Report of the Municipal Commissioner on the plague in Bombay for the year ending 31st May... - Volume 2
Disease focus: Plague
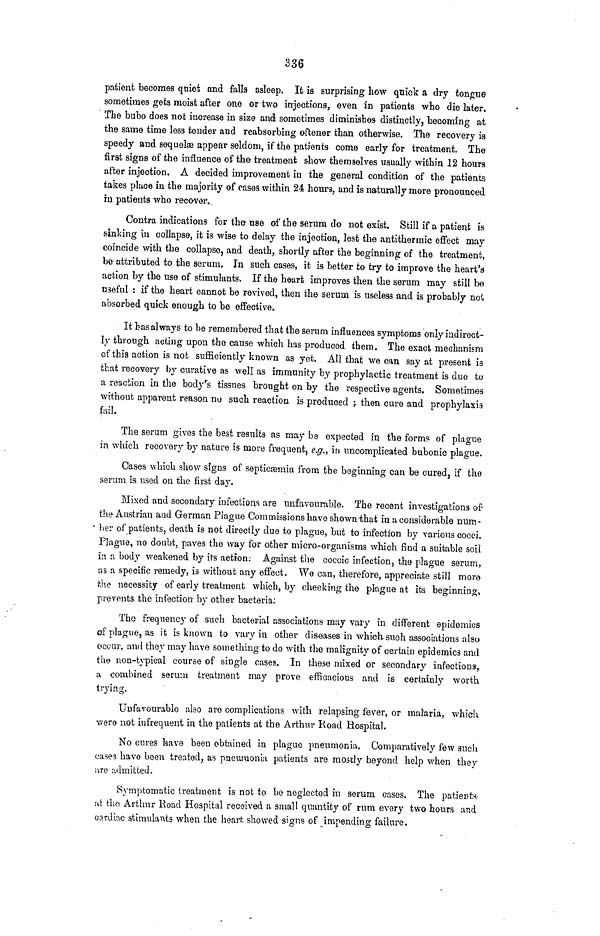
336
patient becomes quiet and falls asleep. It is surprising how quick a dry tongue
sometimes gets moist after one or two injections, even in patients who die later.
The bubo does not increase in size and sometimes diminishes distinctly, becoming at
the same time less tender and reabsorbing oftener than otherwise. The recovery is
speedy and sequelæ appear seldom, if the patients come early for treatment. The
first signs of the influence of the treatment show themselves usually within 12 hours
after injection. A decided improvement in the general condition of the patients
takes place in the majority of cases within 24 hours, and is naturally more pronounced
in patients who recover.
Contra indications for the use of the serum do not exist. Still if a patient is
sinking in collapse, it is wise to delay the injection, lest the antithermic effect may
coincide with the collapse, and death, shortly after the beginning of the treatment,
be attributed to the serum. In such cases, it is better to try to improve the heart's
action by the use of stimulants. If the heart improves then the serum may still be
useful : if the heart cannot be revived, then the serum is useless and is probably not
absorbed quick enough to be effective.
It has always to be remembered that the serum influences symptoms only indirect-
ly through acting upon the cause which has produced them. The exact mechanism
of this action is not sufficiently known as yet. All that we can say at present is
that recovery by curative as well as immunity by prophylactic treatment is due to
a reaction in the body's tissues brought on by the respective agents. Sometimes
without apparent reason no such reaction is produced ; then cure and prophylaxis
fail.
The serum gives the best results as may be expected in the forms of plague
in which recovery by nature is more frequent, e.g., in uncomplicated bubonic plague.
Cases which show signs of septicaemia from the beginning can be cured, if the
serum is used on the first day.
Mixed and secondary infections are unfavourable. The recent investigations of*
the Austrian and German Plague Commissions have shown that in a considerable num-
ber of patients, death is not directly due to plague, but to infection by various cocci.
Plague, no doubt, paves the way for other micro-organisms which find a suitable soil
in v. body weakened by its action. Against the coccic infection, the plague serum,
as a specific remedy, is without any effect. We can, therefore, appreciate still moro
the necessity of early treatment which, by cheeking the plague at its beginning,
prevents the infection by other bacteria:
The frequency of such bacterial associations may vary in different epidemics
of plague, as it is known to vary in other diseases in which such associations also
occur, and they may have something to do with the malignity of certain epidemics and
the non-typical course of single cases. In these mixed or secondary infections,
a combined serum treatment may prove efficacious and is certainly worth
trying.
Unfavourable also are complications with relapsing fever, or malaria, which
were not infrequent in the patients at the Arthur Road Hospital.
No cures have been obtained in plague pneumonia. Comparatively few such
cases have been treated, as pneumonia patients are mostly beyond help when they
are admitted.
Symptomatic treatment is not to be neglected in serum cases. The patients
at the Arthur Road Hospital received a small quantity of rum every two hours and
cardiac stimulants when the heart; showed signs of impending failure.